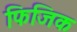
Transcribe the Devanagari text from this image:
फिजिक